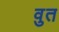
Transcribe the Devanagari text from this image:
वुत